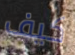
كيف